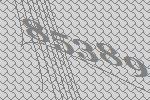
85389